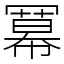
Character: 冪